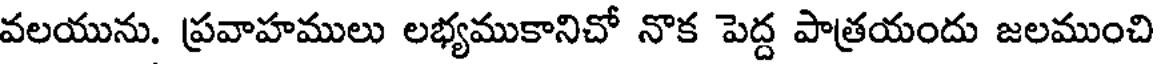
వలయును. ప్రవాహములు లభ్యముకానిచో నొక పెద్ద పాత్రయందు జలముంచి